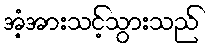
အံ့အားသင့်သွားသည်